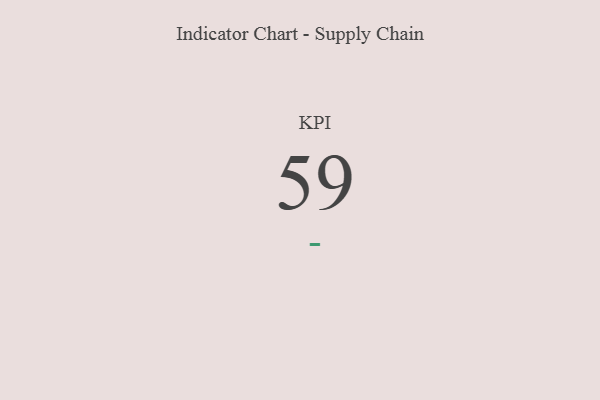
{"axis": {"x": "KPI", "y": "Value"}, "legend": [""], "data": [{"x": "KPI", "y": 59, "type": ""}]}